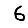
Digit: 6